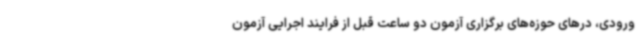
ورودی، درهای حوزه‌های برگزاری آزمون دو ساعت قبل از فرایند اجرایی آزمون